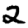
Digit: 2